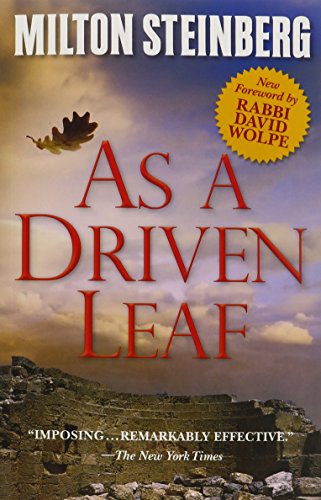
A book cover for As A Driven Leaf; Milton Steinberg; Literature & Fiction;